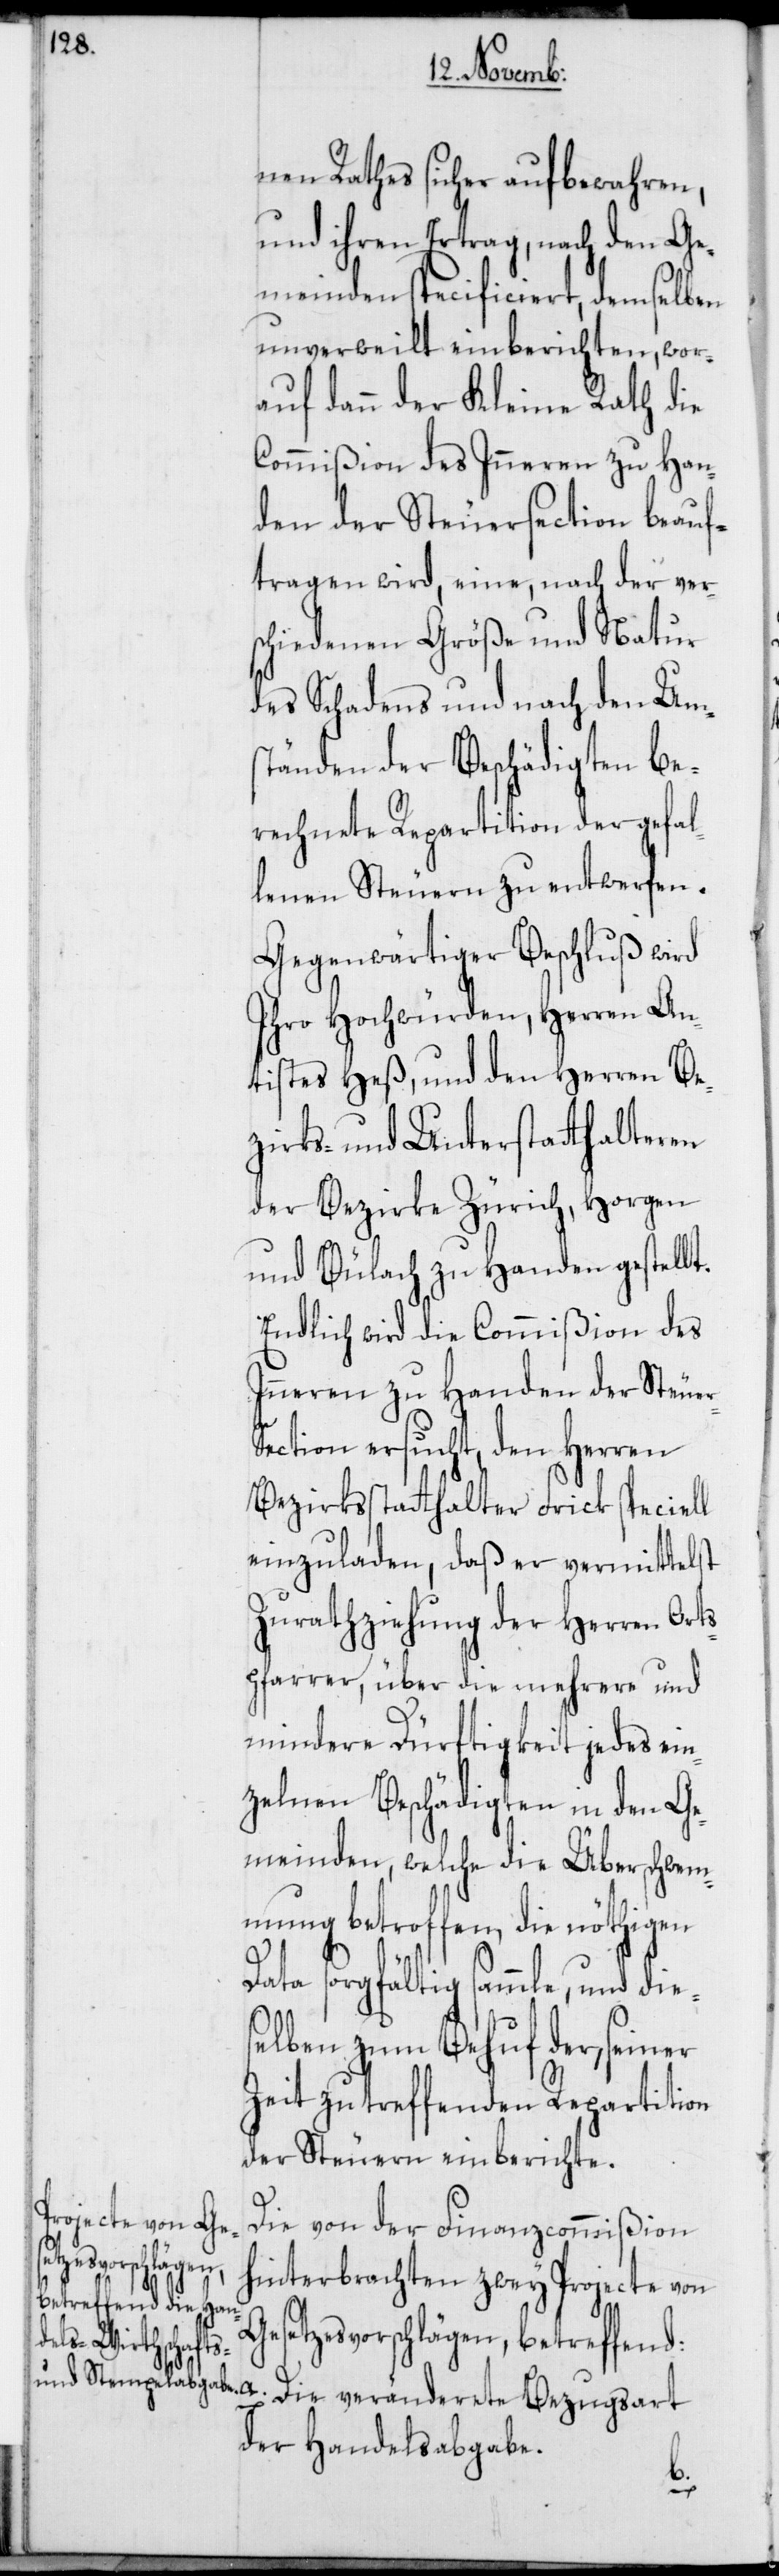
nen Rathes sicher aufbewahren,
und ihren Ertrag, nach den Ge¬
meinden specificiert, demselben
unverweilt einberichten, wor¬
auf dann der Kleine Rath die
Commißion des Inneren zu Han¬
den der Steuersection beauf¬
tragen wird, eine, nach der vers¬
chiedenen Größe und Natur
des Schadens und nach den Ums¬
tänden der Beschädigten be¬
rechnete Repartition der gefal¬
lenen Steuern zu entwerfen.
Gegenwärtiger Beschluß wird
Ihro Hochwürden, Herren An¬
tistes Heß, und den Herren Be¬
zirks- und Unterstatthalteren
der Bezirke Zürich, Horgen
und Bülach zu Handen gestellt.
Endlich wird die Commißion des
Inneren zu Handen der Steue¬
ection ersucht, den Herren
Bezirksstatthalter Frick speciell
einzuladen, daß er vermittelst
Zurathziehung der Herren Ort¬
spfarrer, über die mehrere und
mindere Dürftigkeit jedes ein¬
zelnen Beschädigten in den Ge¬
meinden, welche die Überschwem¬
mung betroffen, die nöthigen
Data sorgfältig sammle, und di¬
selben zum Behuf der, seiner
Zeit zu treffenden Repartition
der Steuern einberichte.
Die von der Finanzcommißion
hinterbrachten zwey Projecte von
Gesetzesvorschlägen, betreffend:
Die veränderete
der Handelsabgabe.
e¬